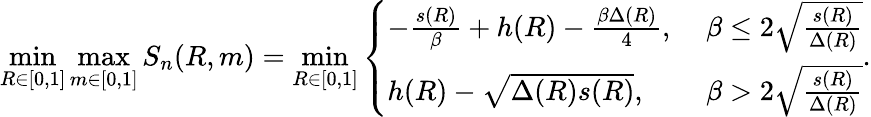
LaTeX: \operatorname*{min}_{R\in[0,1]}\operatorname*{max}_{m\in[0,1]}S_{n}(R,m)=\operatorname*{min}_{R\in[0,1]}\left\{ \begin{array}{ll}{-\frac{s(R)}{\beta}+h(R)-\frac{\beta\Delta(R)}{4},\; }&{\beta\leq 2\sqrt{\frac{s(R)}{\Delta(R)}}}\\ {h(R)-\sqrt{\Delta(R)s(R)},\; }&{\beta>2\sqrt{\frac{s(R)}{\Delta(R)}}}\end{array}\right..